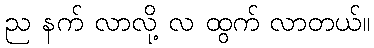
ည နက် လာလို့ လ ထွက် လာတယ်။